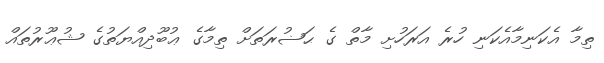
ތިމާ އެކަނިމާއެކަނި ހުރެ އަރަހުށި މާތް ގެ ޙަޟުރަތަށް ތިމާގެ ޢުބޫދިއްޔަތުގެ ޝުޢޫރުތައް